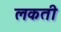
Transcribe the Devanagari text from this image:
लकती